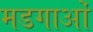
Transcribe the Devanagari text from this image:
मडगाओं